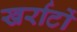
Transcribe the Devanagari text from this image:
खर्राटों